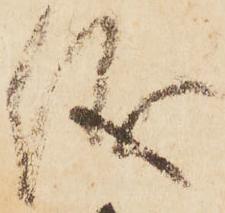
儀